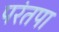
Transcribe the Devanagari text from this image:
परंतपा